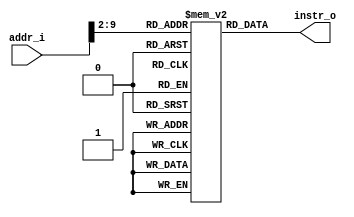
module Instruction_Memory
(
    addr_i, 
    instr_o
);

input   [31:0]      addr_i;
output  [31:0]      instr_o;

reg     [31:0]     memory  [0:255];

assign  instr_o = memory[addr_i>>2];  

endmodule